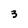
Character: 3